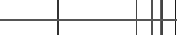
٢٤٨